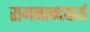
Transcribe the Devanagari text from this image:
रामनान्दचार्य